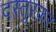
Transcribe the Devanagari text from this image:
दस्तुरकर